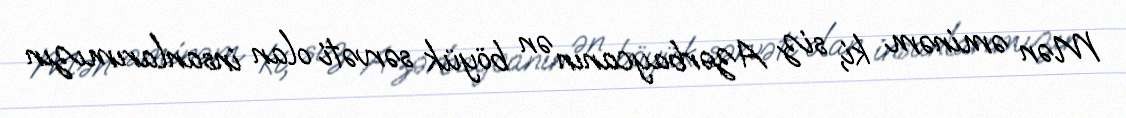
Mən əminəm ki, siz Azərbaycanın ən böyük sərvəti olan insanlarımızın